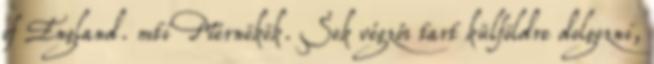
of England. mti Mérnökök. Sok végzős tart külföldre dolgozni,